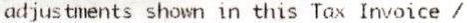
ADJUSTMENTS SHOWN IN THIS TAX INVOICE /